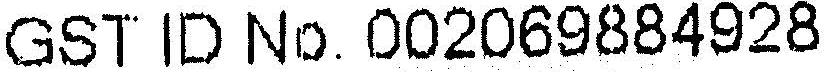
GST ID NO. 002069884928